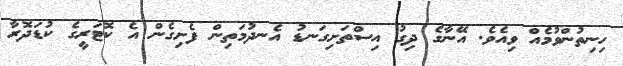
ހިނިތުންވުމެއް ވިއެވެ. އޭނާގެ ދިގު އިސްތަށިގަނޑު އެނދުމަތިން ފެށިގެން އެ ކޮޓަރީގެ ކުޑަދޮރާ